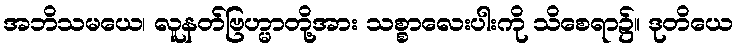
အဘိသမယေ၊ လူနတ်ဗြဟ္မာတို့အား သစ္စာလေးပါးကို သိစေရာ၌။ ဒုတိယေ